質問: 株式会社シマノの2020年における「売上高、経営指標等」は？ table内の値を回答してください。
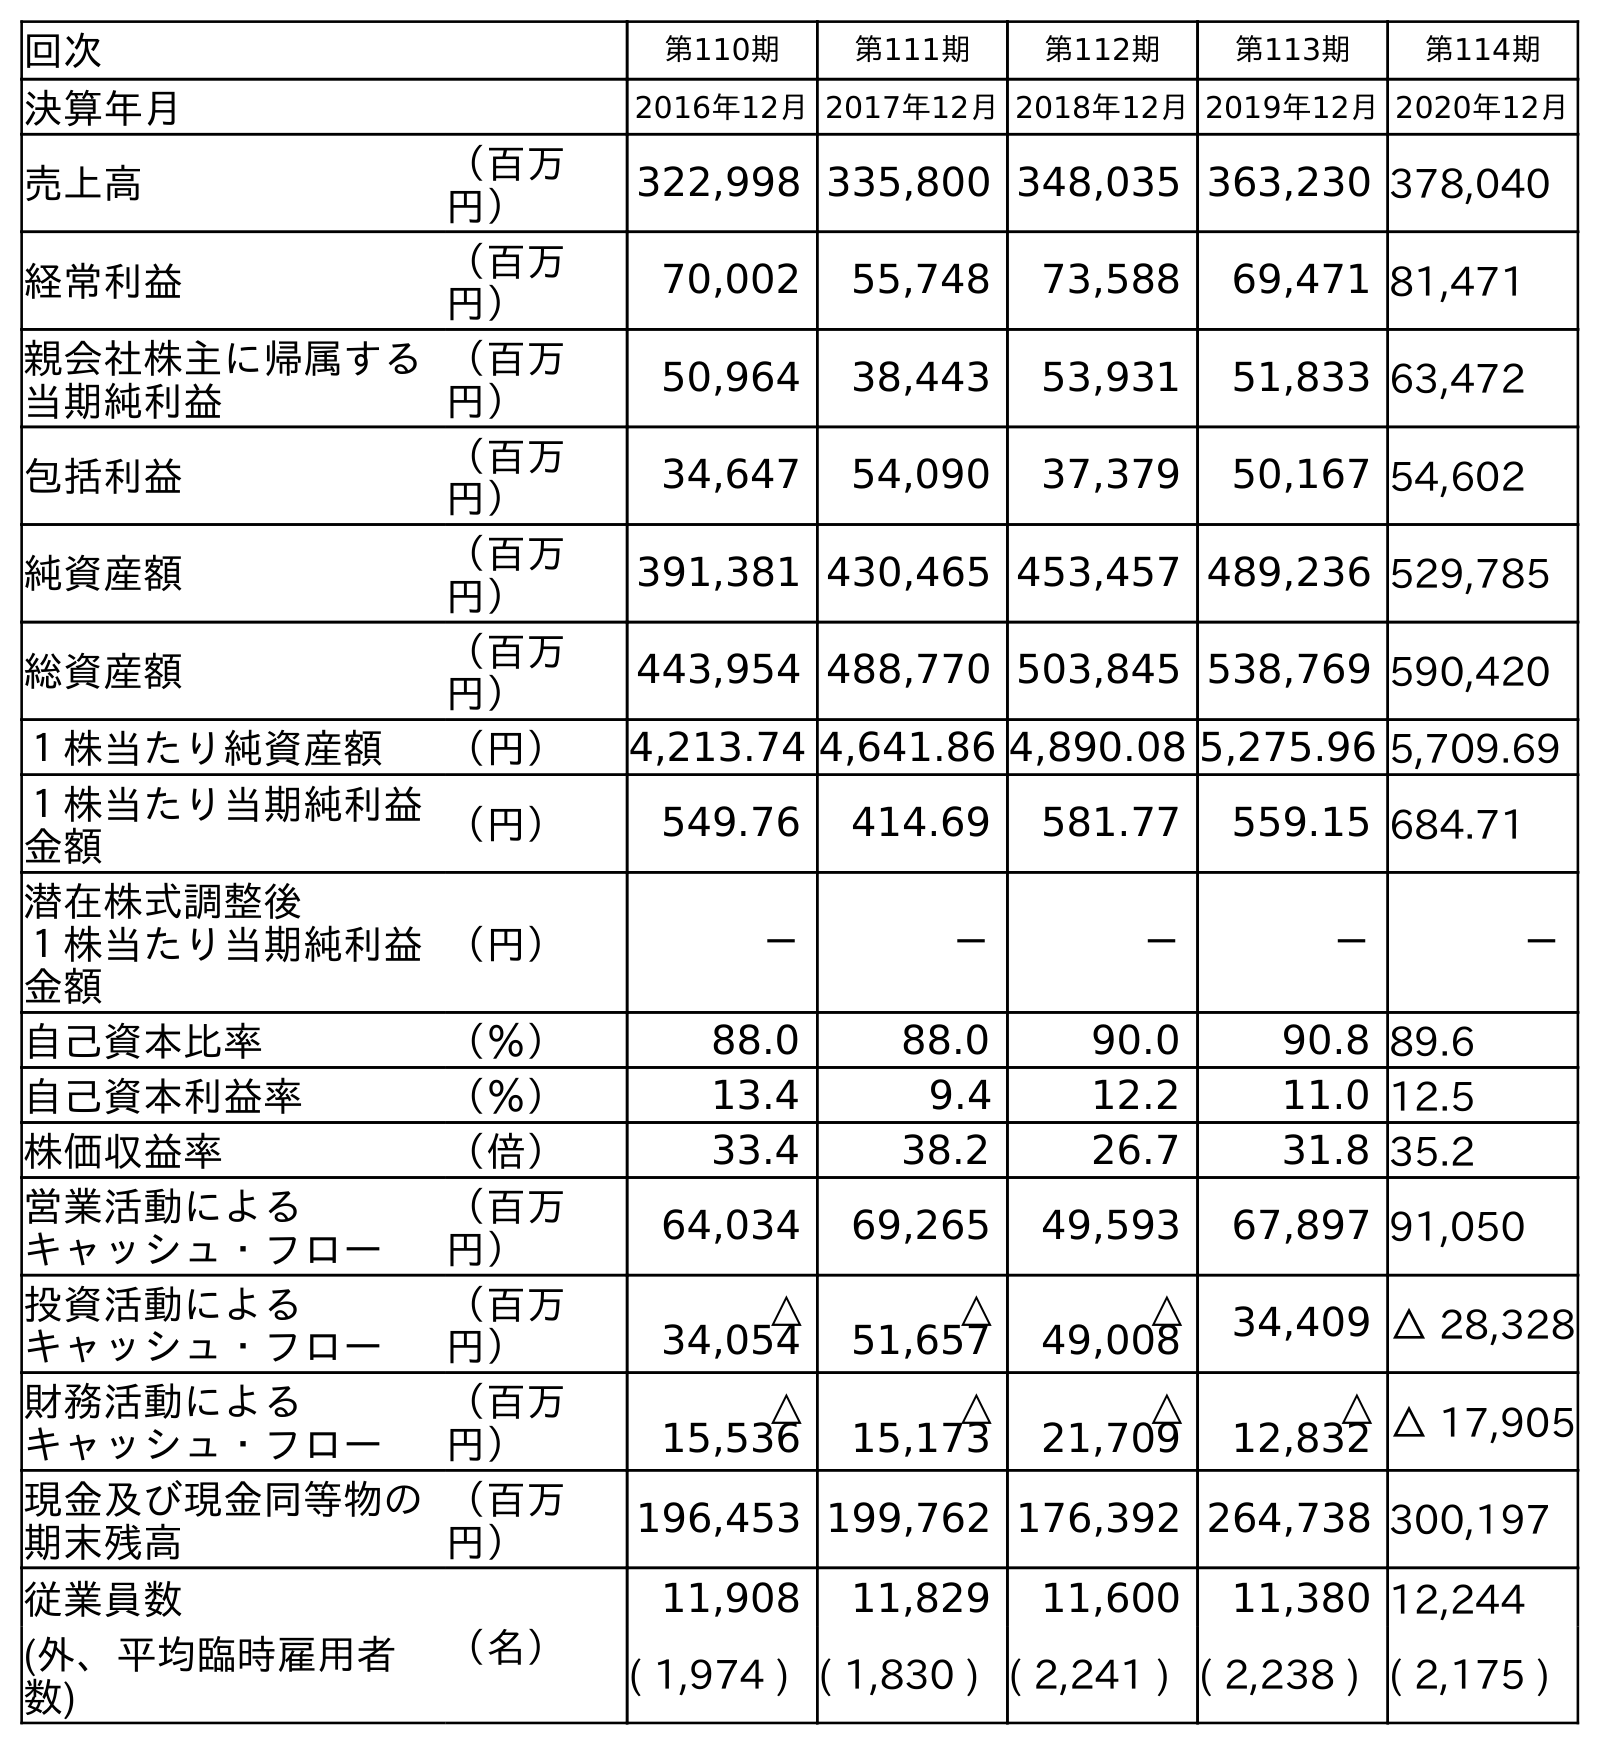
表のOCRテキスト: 回次 第110期 第111期 第112期 第113期 第114期 決算年月 2016年12月2017年12月2018年12月2019年12月2020年12月 売上高 （百万 円） 322,998 335,800 348,035 363,230 378,040 経常利益 （百万 円） 70,002 55,748 73,588 69,471 81,471 親会社株主に帰属する 当期純利益 （百万 円） 50,964 38,443 53,931 51,833 63,472 包括利益 （百万 円） 34,647 54,090 37,379 50,167 54,602 純資産額 （百万 円） 391,381 430,465 453,457 489,236 529,785 総資産額 （百万 円） 443,954 488,770 503,845 538,769 590,420 １株当たり純資産額 （円） 4,213.74 4,641.86 4,890.08 5,275.96 5,709.69 １株当たり当期純利益 金額 （円） 549.76 414.69 581.77 559.15 684.71 潜在株式調整後 １株当たり当期純利益 金額 （円） － － － － － 自己資本比率 （％） 88.0 88.0 90.0 90.8 89.6 自己資本利益率 （％） 13.4 9.4 12.2 11.0 12.5 株価収益率 （倍） 33.4 38.2 26.7 31.8 35.2 営業活動による キャッシュ・フロー （百万 円） 64,034 69,265 49,593 67,897 91,050 投資活動による キャッシュ・フロー （百万 円） △ 34,054 △ 51,657 △ 49,008 34,409 △ 28,328 財務活動による キャッシュ・フロー （百万 円） △ 15,536 △ 15,173 △ 21,709 △ 12,832 △ 17,905 現金及び現金同等物の 期末残高 （百万 円） 196,453 199,762 176,392 264,738 300,197 従業員数 （名） 11,908 11,829 11,600 11,380 12,244 (外、平均臨時雇用者 数) ( 1,974 ) ( 1,830 ) ( 2,241 ) ( 2,238 ) ( 2,175 )
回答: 378,040